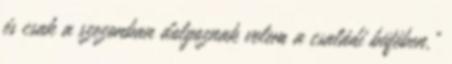
és csak a szezonban dolgoznak velem a családi büfében.”